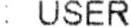
: USER